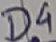
Text: D4